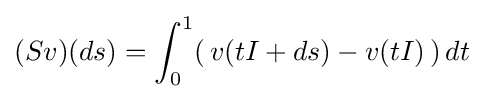
(Sv)(ds)=\int _{0}^{1}(\,v(tI+ds)-v(tI)\,)\,dt